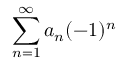
\sum _ { n = 1 } ^ { \infty } a _ { n } ( - 1 ) ^ { n }